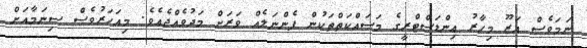
ނަމަވެސް އަޒޫ މިހާރު އިންޑަސްޓްރީގެ މަސައްކަތްތަކުން ފެންނަލެއް ވަރަށް މަދުވެއްޖެއެވެ. މިއަހަރުވެސް ސިނަމާއަށް